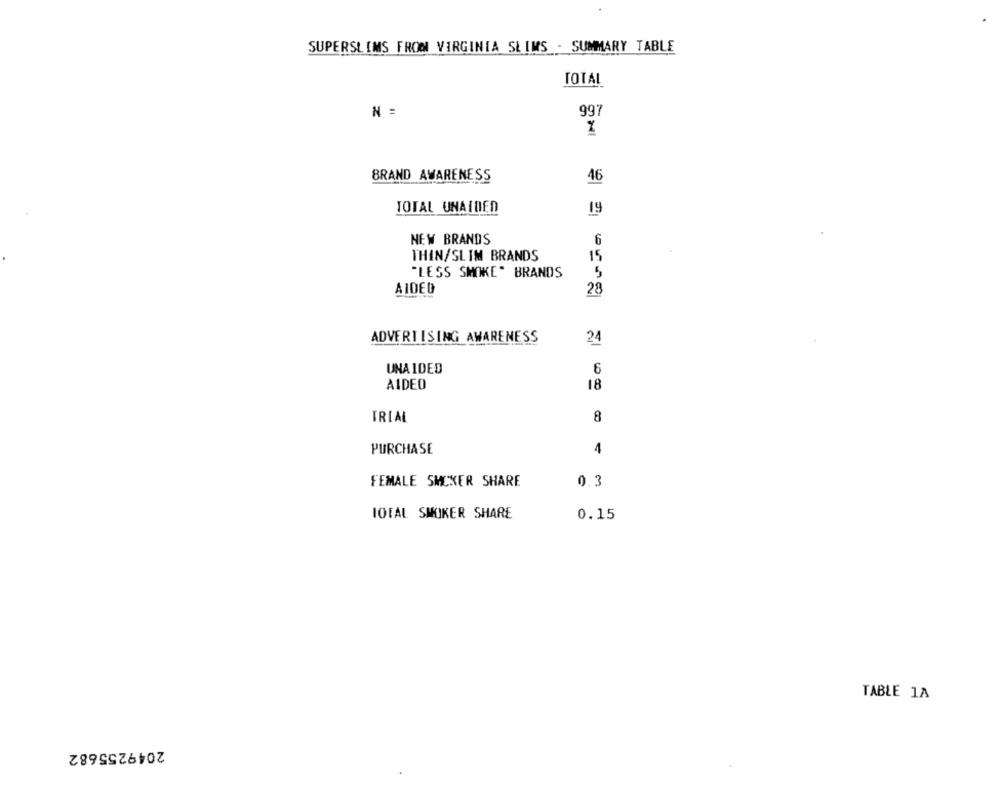
SUPERSLIMS FROM VIRGINIA SLIMS - SUMMARY TABLE
TOTAL
N =
997
BRAND AWARENESS
46
TOTAL UNAIDED
19
NEW BRANDS
6
THIN/SLIM BRANDS
15
"LESS SMOKE" BRANDS
5
28
ADVERTISING AWARENESS
24
UNAIDED
6
AIDEO
18
TRIAL
8
4
PURCHASE
FEMALE SMCXER SHARE
0.3
TOTAL SMOKER SHARE
0.15
TABLE 1A
2049255682